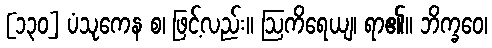
[၁၃၀] ပံသုကေန စ၊ ဖြင့်လည်း။ ဩကိရေယျ၊ ရာ၏။ ဘိက္ခဝေ၊